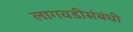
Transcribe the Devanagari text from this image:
लागवडीसंबंधी